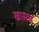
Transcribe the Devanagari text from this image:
खासच